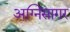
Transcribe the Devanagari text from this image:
अग्निसागर